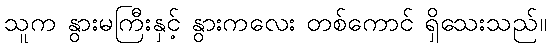
သူက နွားမကြီးနှင့် နွားကလေး တစ်ကောင် ရှိသေးသည်။